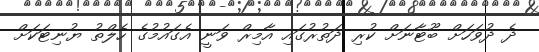
ދެ ދުވަހަށް ބޫޓާނަށް ކުރި ދަތުރުގައި އާމިރް ވަނީ އެގައުމުގެ ހެލްތު ޔުނިޓަކަށް